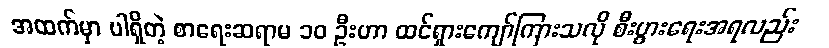
အထက်မှာ ပါရှိတဲ့ စာရေးဆရာမ ၁၀ ဦးဟာ ထင်ရှားကျော်ကြားသလို စီးပွားရေးအရလည်း